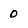
Character: 0